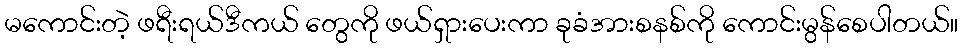
မကောင်းတဲ့ ဖရီးရယ်ဒီကယ် တွေကို ဖယ်ရှားပေးကာ ခုခံအားစနစ်ကို ကောင်းမွန်စေပါတယ်။